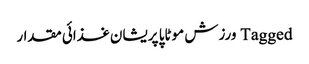
Tagged ورزش موٹاپا پریشان غذائی مقدار